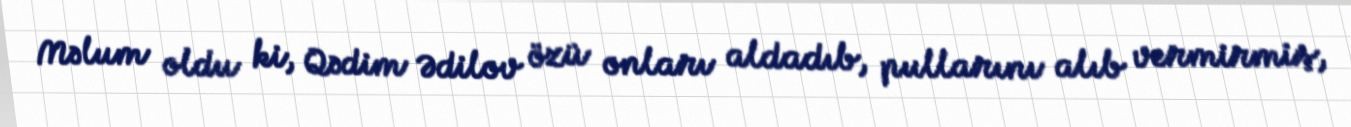
Məlum oldu ki, Qədim Ədilov özü onları aldadıb, pullarını alıb vermirmiş,